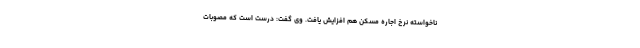
ناخواسته نرخ اجاره مسکن هم افزایش یافت. وی گفت: درست است که مصوبات